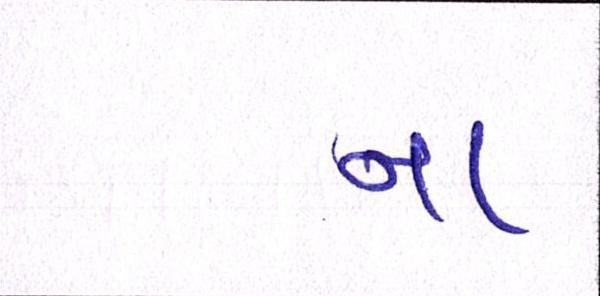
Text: ના